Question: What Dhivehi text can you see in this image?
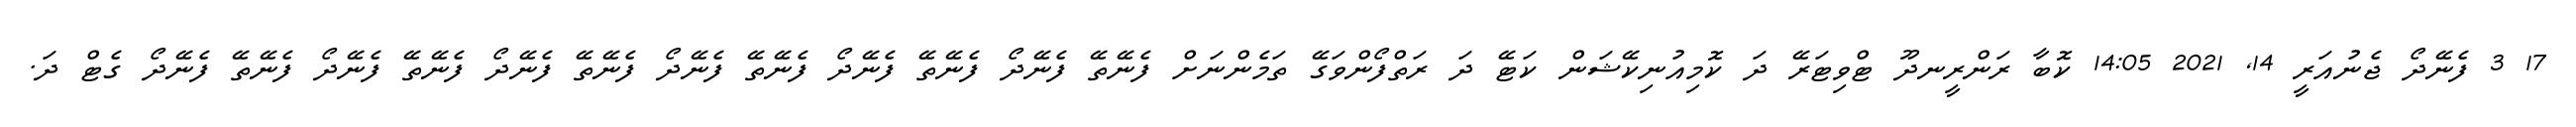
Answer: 17 3 ފެނޭދޯ ޖެނުއަރީ 14, 2021 14:05 ކޮބާ ރަންރީނދޫ ޓްވިޓަރޭ ދަ ކޮމިއުނިކޭޝަން ކަޓޭ ދަ ރަތްފޯންވަގޭ ތަމެންނަށް ފެނޭތޭ ފެނޭދޯ ފެނޭތޭ ފެނޭދޯ ފެނޭތޭ ފެނޭދޯ ފެނޭތޭ ފެނޭދޯ ފެނޭތޭ ފެނޭދޯ ފެނޭތޭ ފެނޭދޯ ގެޓް ދަ.